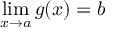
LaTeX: \operatorname* { l i m } _ { x \to a } g ( x ) = b